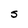
Character: S